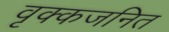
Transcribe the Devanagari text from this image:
वृक्कजनित